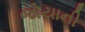
જોયાની